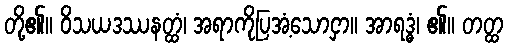
တို့၏။ ဝိသယဒဿနတ္ထံ၊ အရာကိုပြအံ့သောငှာ။ အာရဒ္ဓံ၊ ၏။ တတ္ထ